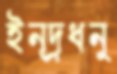
ইন্দ্রধনু